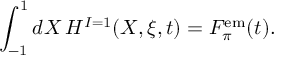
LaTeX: \int _ { - 1 } ^ { 1 } d X \, H ^ { I = 1 } ( X , \xi , t ) = F _ { \pi } ^ { \mathrm { { e m } } } ( t ) .